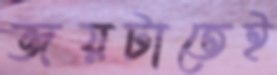
জয়টাতেই